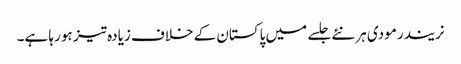
نریندر مودی ہر نئے جلسے میں پاکستان کے خلاف زیادہ تیز ہو رہا ہے۔